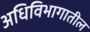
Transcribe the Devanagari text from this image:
अधिविभागातील